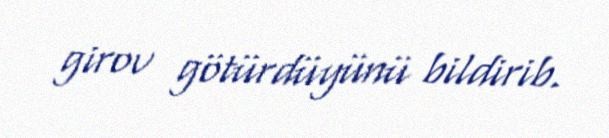
girov götürdüyünü bildirib.